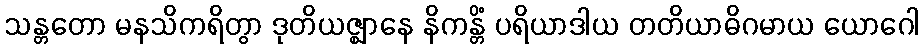
သန္တတော မနသိကရိတွာ ဒုတိယဇ္ဈာနေ နိကန္တိံ ပရိယာဒါယ တတိယာဓိဂမာယ ယောဂေါ